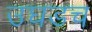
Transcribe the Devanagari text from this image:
उघडच